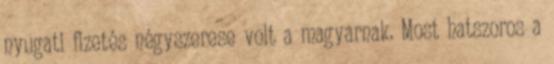
nyugati fizetés négyszerese volt a magyarnak. Most hatszoros a